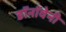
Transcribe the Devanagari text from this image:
डॉनॉवेनी